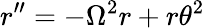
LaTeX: r^{\prime\prime}=-\Omega^{2}r+r\theta^{2}